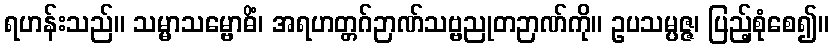
ရဟန်းသည်။ သမ္မာသမ္ဗောဓိံ၊ အရဟတ္တဂ်ဉာဏ်သဗ္ဗညုတဉာဏ်ကို။ ဥပသမ္ပဇ္ဇ၊ ပြည့်စုံစေ၍။